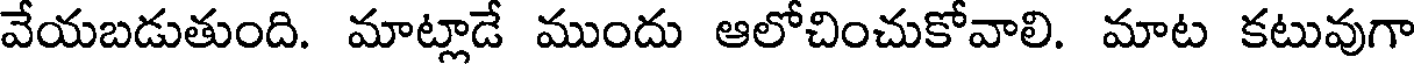
వేయబడుతుంది. మాట్లాడే ముందు ఆలోచించుకోవాలి. మాట కటువుగా